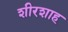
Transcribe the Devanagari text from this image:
शीरशाह